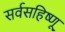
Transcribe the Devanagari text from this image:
सर्वसहिष्णू